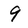
Character: 9